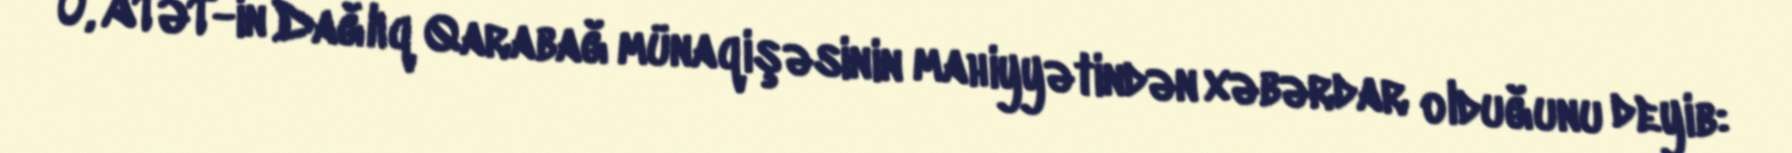
O, ATƏT-in Dağlıq Qarabağ münaqişəsinin mahiyyətindən xəbərdar olduğunu deyib: